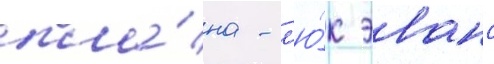
пла́на - л'ю́к эванс